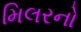
મિલરનો